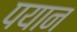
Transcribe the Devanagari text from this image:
पयान